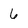
Character: 6